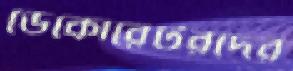
ডেকোরেটরদের